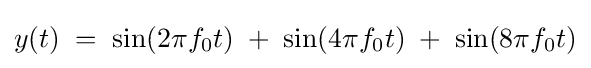
y(t)\;=\;\sin(2\pi f_{0}t)\;+\;\sin(4\pi f_{0}t)\;+\;\sin(8\pi f_{0}t)